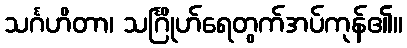
သင်္ဂဟိတာ၊ သင်္ဂြိုဟ်ရေတွက်အပ်ကုန်၏။